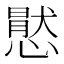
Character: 㦔